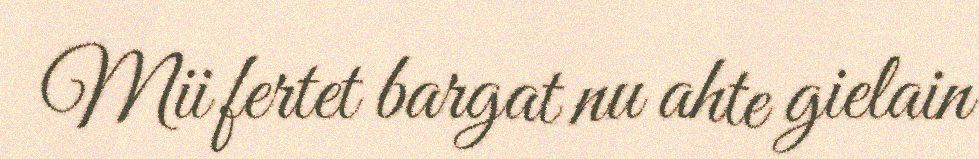
Mii fertet bargat nu ahte gielain